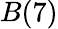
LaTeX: B(7)